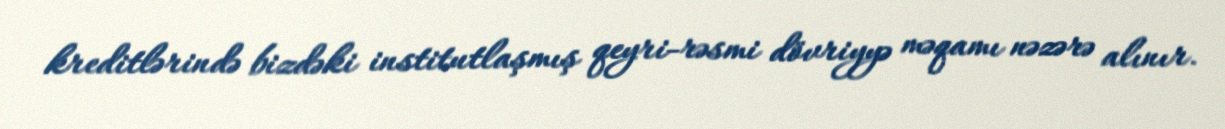
kreditlərində bizdəki institutlaşmış qeyri-rəsmi dövriyyə məqamı nəzərə alınır.